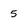
Character: 5